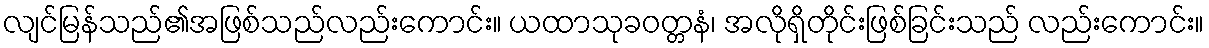
လျင်မြန်သည်၏အဖြစ်သည်လည်းကောင်း။ ယထာသုခဝတ္တနံ၊ အလိုရှိတိုင်းဖြစ်ခြင်းသည် လည်းကောင်း။